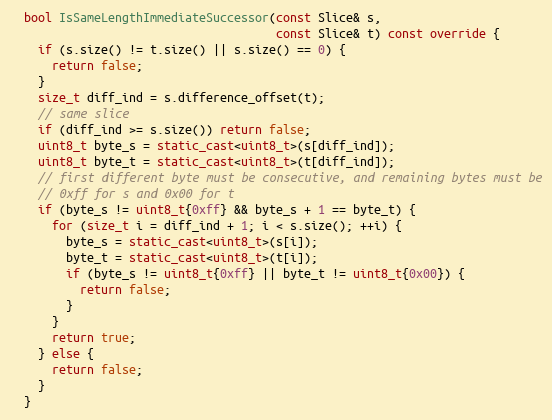
Language: C++
  bool IsSameLengthImmediateSuccessor(const Slice& s,
                                      const Slice& t) const override {
    if (s.size() != t.size() || s.size() == 0) {
      return false;
    }
    size_t diff_ind = s.difference_offset(t);
    // same slice
    if (diff_ind >= s.size()) return false;
    uint8_t byte_s = static_cast<uint8_t>(s[diff_ind]);
    uint8_t byte_t = static_cast<uint8_t>(t[diff_ind]);
    // first different byte must be consecutive, and remaining bytes must be
    // 0xff for s and 0x00 for t
    if (byte_s != uint8_t{0xff} && byte_s + 1 == byte_t) {
      for (size_t i = diff_ind + 1; i < s.size(); ++i) {
        byte_s = static_cast<uint8_t>(s[i]);
        byte_t = static_cast<uint8_t>(t[i]);
        if (byte_s != uint8_t{0xff} || byte_t != uint8_t{0x00}) {
          return false;
        }
      }
      return true;
    } else {
      return false;
    }
  }